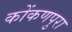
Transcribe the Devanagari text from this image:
कोंकणपुरा